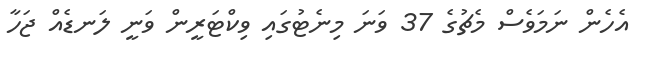
އެހެން ނަމަވެސް މެޗުގެ 37 ވަނަ މިނެޓުގައި ވިކްޓަރީން ވަނީ ލަނޑެއް ޖަހާ